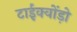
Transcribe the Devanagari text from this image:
टाईक्वोंड़ो